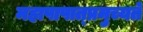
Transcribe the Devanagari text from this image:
महापापात्प्रमुच्यते